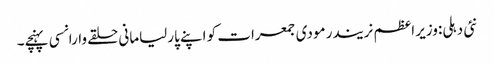
نئی دہلی:وزیر اعظم نریندر مودی جمعرات کو اپنے پارلیامانی حلقے وارانسی پہنچے۔